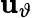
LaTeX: \mathbf{u}_{\vartheta}